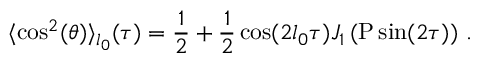
\langle \cos ^ { 2 } ( \theta ) \rangle _ { l _ { 0 } } ( \tau ) = \frac { 1 } { 2 } + \frac { 1 } { 2 } \cos ( 2 l _ { 0 } \tau ) J _ { 1 } \left( \mathrm { P } \sin ( 2 \tau ) \right) \, .